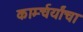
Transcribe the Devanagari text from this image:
कार्म्चर्यांचा